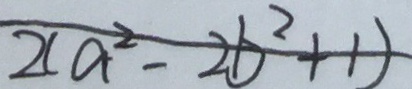
2 ( a ^ { 2 } - 2 b ^ { 2 } + 1 )